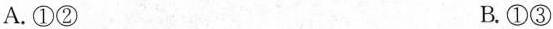
A.①② B.①③